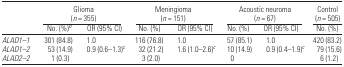
|  | <COLSPAN=2> Glioma (n = 355) | <COLSPAN=2> Meningioma (n = 151) | <COLSPAN=2> Acoustic neuroma (n = 67) | Control (n = 505) |
 |  | No. (%)b | OR (95% CI) | No. (%) | OR (95% CI) | No. (%) | OR (95% CI) | No. (%) |
 | --- | --- | --- | --- | --- | --- | --- | --- |
 | ALAD1–1 | 301 (84.8) | 1.0 | 116 (76.8) | 1.0 | 57 (85.1) | 1.0 | 420 (83.2) |
 | ALAD1–2 | 53 (14.9) | 0.9 (0.6–1.3)c | 32 (21.2) | 1.6 (1.0–2.6)c | 10 (14.9) | 0.9 (0.4–1.9)c | 79 (15.6) |
 | ALAD2–2 | 1 (0.3) |  | 3 (2.0) |  | 0 |  | 6 (1.2) |